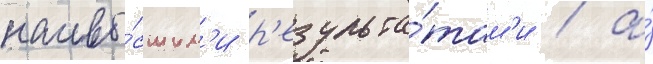
наивы́сшим'и р'езульта́там'и / а́